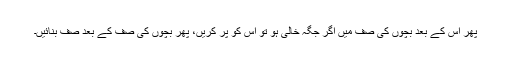
پھر اس کے بعد بچوں کی صف میں اگر جگہ خالی ہو تو اس کو پُر کریں، پھر بچوں کی صف کے بعد صف بنائیں۔